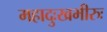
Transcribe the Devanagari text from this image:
महादुःखभीरुः